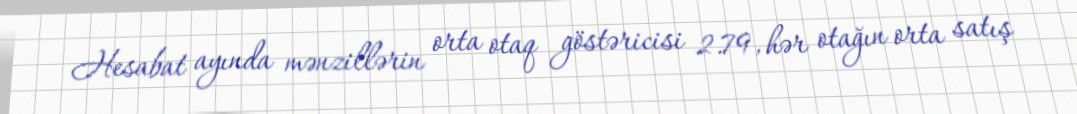
Hesabat ayında mənzillərin orta otaq göstəricisi 2.79, hər otağın orta satış